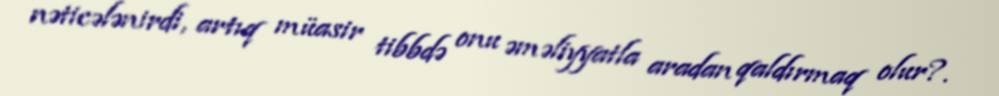
nəticələnirdi, artıq müasir tibbdə onu əməliyyatla aradan qaldırmaq olur?.